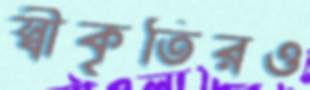
স্বীকৃতিরও